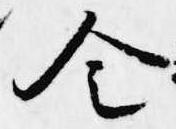
令